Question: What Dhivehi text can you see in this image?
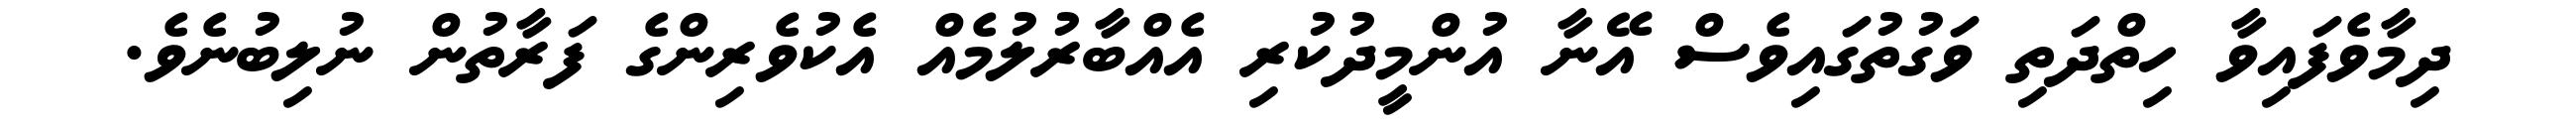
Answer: ދިމާވެފައިވާ ހިތްދަތި ވަގުތުގައިވެސް އޭނާ އުންމީދުކުރި އެއްބާރުލުމެއް އެކުވެރިންގެ ފަރާތުން ނުލިބުނެވެ.